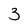
Character: 3